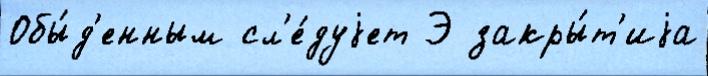
Обы́д'енным сл'е́дуjет Э закры́т'иjа